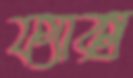
ফ্যাক্স